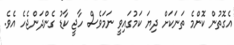
އެގޮތުން ކޮންމެ ތަނަކަށް ދިޔަ ކަމުގައިވީ ނަމަވެސް ހާޖީ ކާޑު ގެންދަންޖެހެ އެވެ.